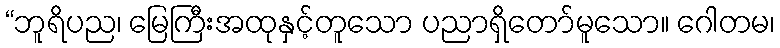
“ဘူရိပည၊ မြေကြီးအထုနှင့်တူသော ပညာရှိတော်မူသော။ ဂေါတမ၊